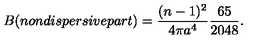
B ( n o n d i s p e r s i v e p a r t ) = \frac { ( n - 1 ) ^ { 2 } } { 4 \pi a ^ { 4 } } \frac { 6 5 } { 2 0 4 8 } .